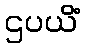
ဌပယိံ